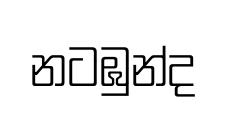
නටඹුන්ද